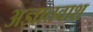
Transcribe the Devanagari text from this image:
अज्ञातवाश